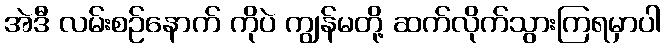
အဲဒီ လမ်းစဉ်နောက် ကိုပဲ ကျွန်မတို့ ဆက်လိုက်သွားကြရမှာပါ